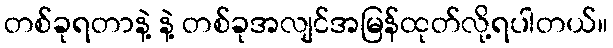
တစ်ခုရတာနဲ့ နဲ့ တစ်ခုအလျင်အမြန်ထုတ်လို့ရပါတယ်။